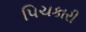
પિચકારી